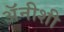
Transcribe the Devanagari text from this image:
अॅनीशी